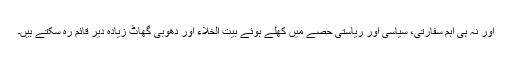
اور نہ ہی اہم سفارتی، سیاسی اور ریاستی حصے میں کھلے ہوئے بیت الخلاء اور دھوبی گھاٹ زیادہ دیر قائم رہ سکتے ہیں۔